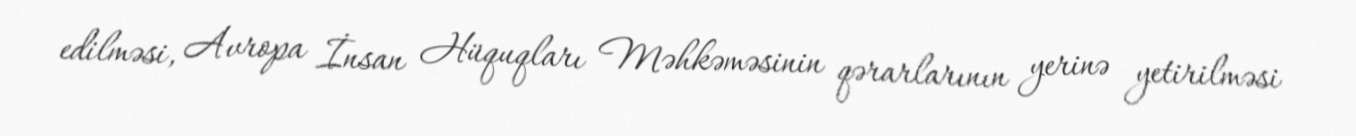
edilməsi, Avropa İnsan Hüquqları Məhkəməsinin qərarlarının yerinə yetirilməsi